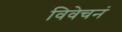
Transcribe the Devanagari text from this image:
विवेचनं